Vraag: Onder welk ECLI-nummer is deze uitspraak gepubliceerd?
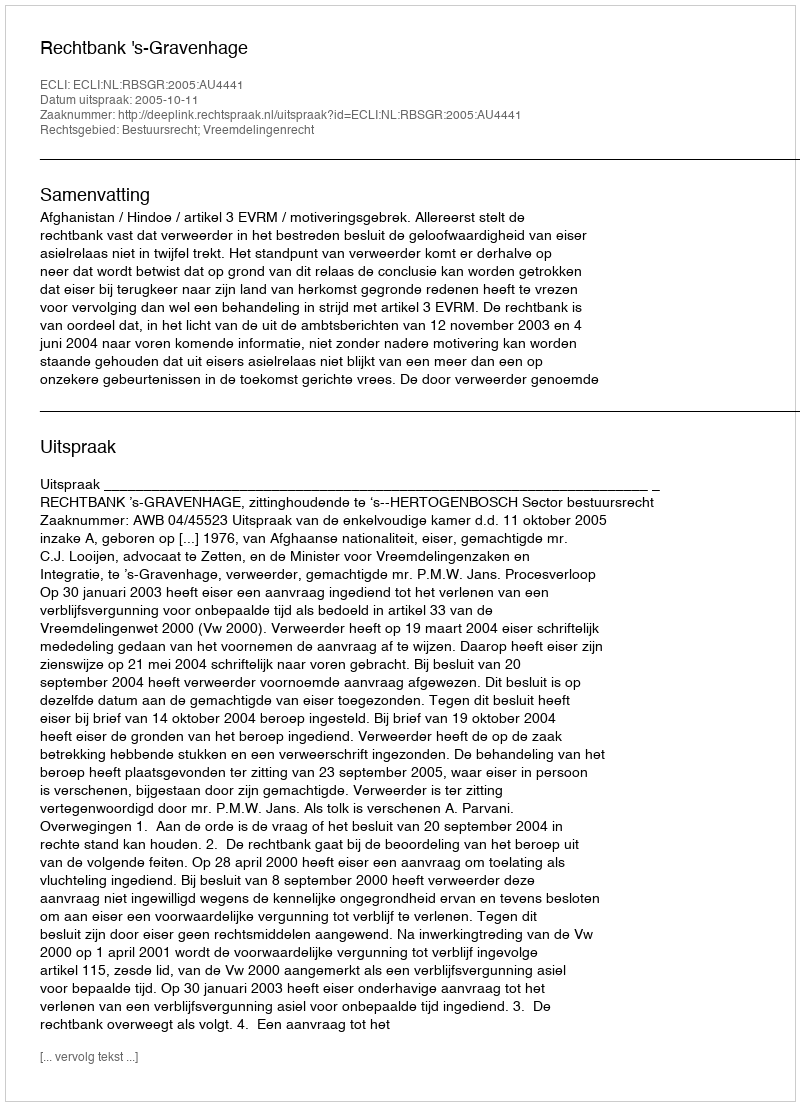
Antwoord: ECLI:NL:RBSGR:2005:AU4441